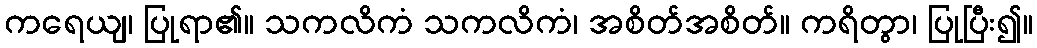
ကရေယျ၊ ပြုရာ၏။ သကလိကံ သကလိကံ၊ အစိတ်အစိတ်။ ကရိတွာ၊ ပြုပြီး၍။